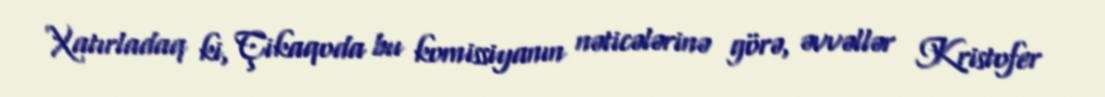
Xatırladaq ki, Çikaqoda bu komissiyanın nəticələrinə görə, əvvəllər Kristofer